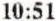
10:51